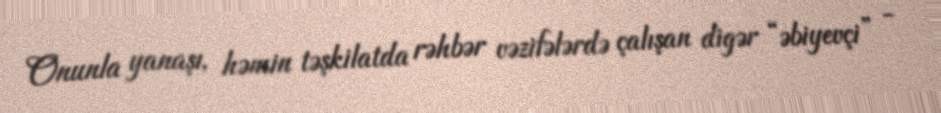
Onunla yanaşı, həmin təşkilatda rəhbər vəzifələrdə çalışan digər “əbiyevçi” -